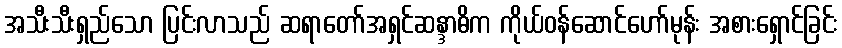
အသီးသီးရှည်သော ပြင်းလာသည် ဆရာတော်အရှင်ဆန္ဒာဓိက ကိုယ်ဝန်ဆောင်ဟော်မုန်း အစားရှောင်ခြင်း